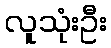
လူသုံးဦး